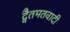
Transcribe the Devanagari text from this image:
द्वैतमतवादी